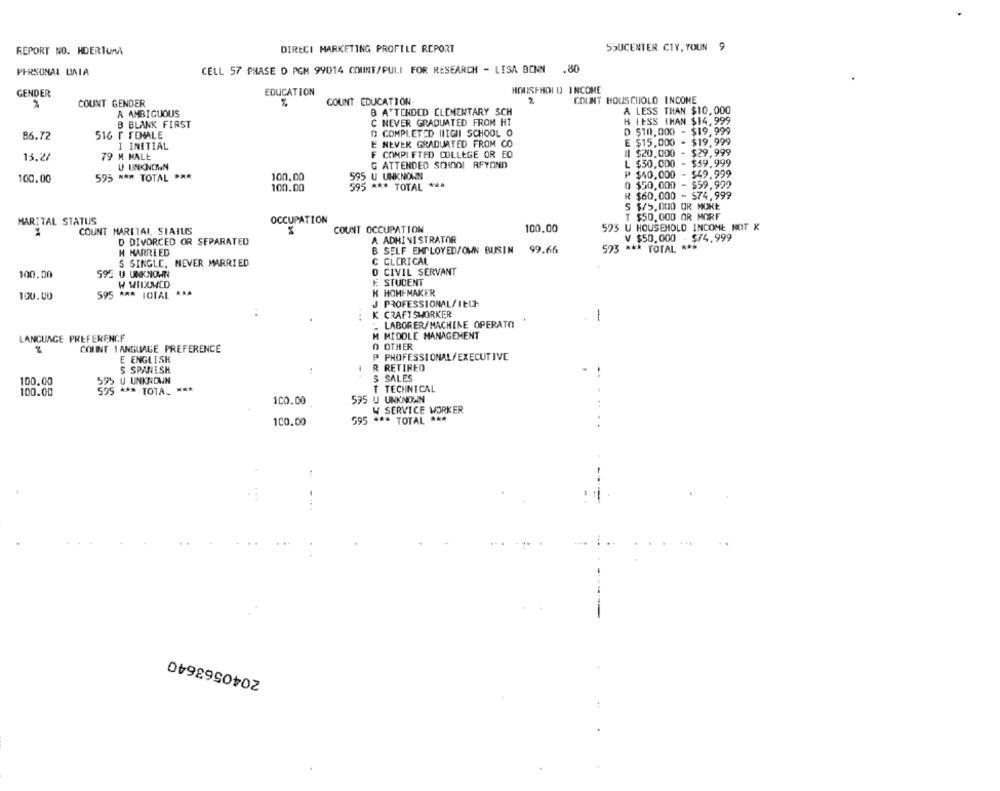
DIRECI MARKETING PROFILE REPORT
SSUCENTER CTY, YOUN
REPORT NO. HDERIUM
PERSONAL DATA
CELL 57 PHASE D PGM 99014 COUNT/PULI FOR RESEARCH - LISA BONN .80
GENDER
EDUCATION
HOUSEHOLD INCOME
COUNT GENDER
COUNT EDUCATION
2
COUNT HOUSCHOLD INCOME
A AMBIGUOUS
B ATTENDED CLEMENTARY SCH
A LESS THAN $10,000
K LESS THAN $14,999
B BLANK FIRST
C NEVER GRADUATED FROM HT
86.72
516 F TEHALE
D COMPLETED HIIGII SCHOOL O
D $10,000 - $19,999
E $15,000 - $19,999
I INITIAL
E NEVER GRADUATED FROM CO
13.2/
79 M MALE
F COMPI FTED COLLEGE OR EO
11 $20,000
$29,999
U UNKNOWN
G ATTENDED SCHOOL RFYOND
L $30,000
$59.999
₱ $40,000
$49.999
100.00
595 NA* TOTAL ***
100,00
595 U UNKNOWN
595
100.00
*** TOTAL ***
0 $50,000
$59.999
R $60,000 - $74,999
S $/5,000 OR MORE
MARITAL STATUS
OCCUPATION
T $50.000 OR MORF
COUNT HARITAL, SIAIUS
COUNT OCCUPATION
100.00
523 U HOUSEHOLD INCOME NOT K
A ADHINISTRATOR
V $50.000 - $74.999
D DIVORCED OR SEPARATED
H MARRIED
B SELF EMPLOYED/OWN BUSIN 99.66
593 *** TOTAL ***
S SINGLE, NEVER MARRIED
C CLERICAL
100,00
595 U UNKNOWN
O CIVIL SERVANT
W WIIXMED
E STUDENT
595 *** TOTAL AAA
K HOMEMAKER
100.00
J PROFESSIONAL/IECH
K CRAFTSWORKER
1
LABORER/MACHINE OPERATO
LANGUAGE PREFERENCE
M MIDDLE MANAGEMENT
COUNT 1 ANGUAGE PREFERENCE
O OTHER
P PROFESSIONAL/ EXECUTIVE
E ENGLISH
$ SPANISH
R RETIREO
100.00
595 U UNKNOWN
..
S SALES
T TECHNICAL
100.00
595
*** TOTA, ***
$00.00
595 U UNKNOWN
W SERVICE WORKER
595 *** TOTAL ***
100.00
2040563640